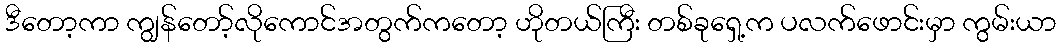
ဒီတော့ကာ ကျွန်တော့်လိုကောင်အတွက်ကတော့ ဟိုတယ်ကြီး တစ်ခုရှေ့က ပလက်ဖောင်းမှာ ကွမ်းယာ